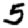
Digit: 5